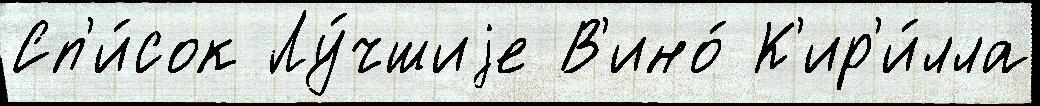
Сп'и́сок Лу́чшиjе В'ино́ К'ир'и́лла